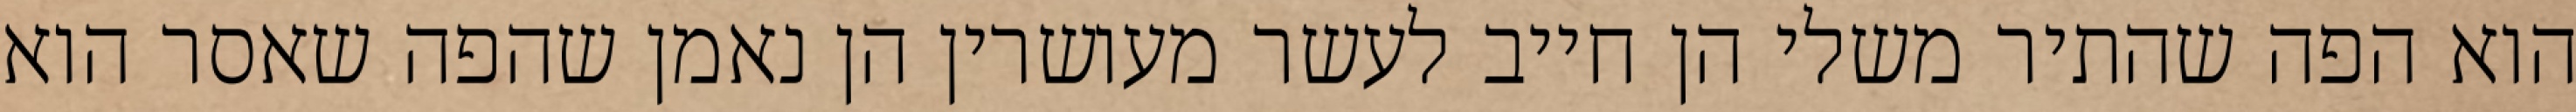
הוא הפה שהתיר משלי הן חייב לעשר מעושרין הן נאמן שהפה שאסר הוא